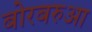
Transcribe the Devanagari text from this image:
बोरबरुआ